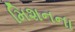
મિશનના